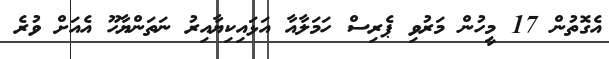
އެގޮތުން 17 މީހުން މަރުވި ޕެރިސް ހަމަލާއާ އަޅައިކިޔާއިރު ނަތަންޔާހޫ އެއަށް ވުރެ